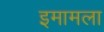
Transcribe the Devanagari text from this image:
इमामला